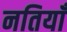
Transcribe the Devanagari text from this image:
नतियाँ